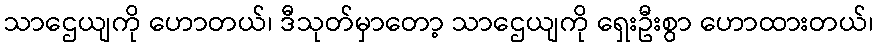
သာဌေယျကို ဟောတယ်၊ ဒီသုတ်မှာတော့ သာဌေယျကို ရှေးဦးစွာ ဟောထားတယ်၊